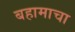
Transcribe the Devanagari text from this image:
बहामाचा